Lunatic asylums Punjab 1881-1894 - 1881-1894
Year: 1881
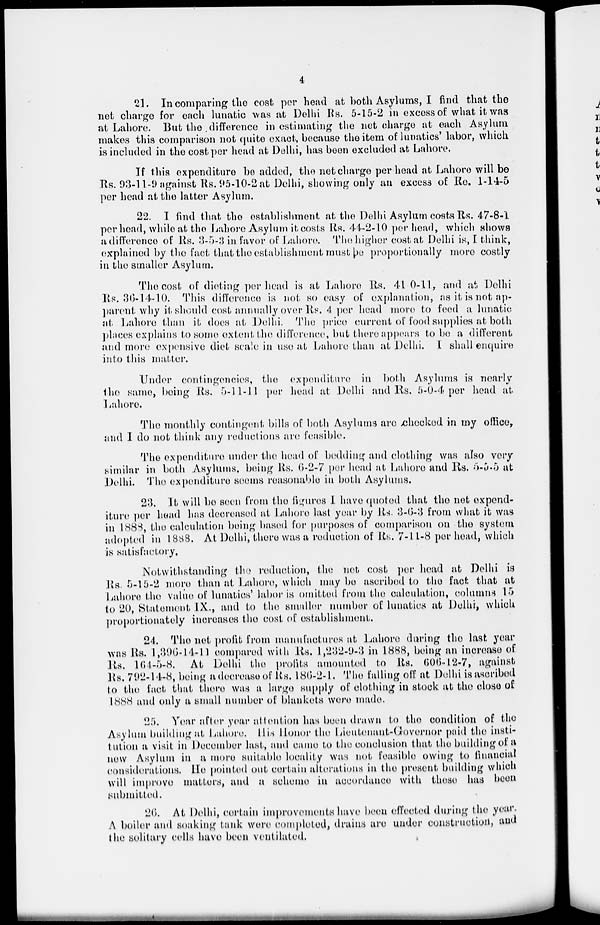
4
21. In comparing the cost per head at both Asylums, I find that the
net charge for each lunatic was at Delhi Rs. 5-15-2 in excess of what it was
at Lahore. But the difference in estimating the net charge at each Asylum
makes this comparison not quite exact, because the item of lunatics' labor, which
is included in the cost per head at Delhi, has been excluded at Lahore.
If this expenditure be added, the net charge per head at Lahore will be
Rs. 93-11-9 against Rs. 95-10-2 at Delhi, showing only an excess of Re. 1-14-5
per head at the latter Asylum.
22. I find that the establishment at the Delhi Asylum costs Rs. 47-8-1
per head, while at the Lahore Asylum it costs Rs. 44-2-10 per head, which shows
a difference of Rs. 3-5-3 in favor of Lahore. The higher cost at Delhi is, I think,
explained by the fact that the establishment must be proportionally more costly
in the smaller Asylum.
The cost of dieting per head is at Lahore Rs. 41-0-11, and at Delhi
Rs. 36-14-10. This difference is not so easy of explanation, as it is not ap-
parent why it should cost annually over Rs. 4 per head more to feed a lunatic
at Lahore than it does at Delhi. The price current of food supplies at both
places explains to some extent the difference, but there appears to be a different
and more expensive diet scale in use at Lahore than at Delhi. I shall enquire
into this matter.
Under contingencies, the expenditure in both Asylums is nearly
the same, being Rs. 5-11-11 per head at Delhi and Rs. 5-0-4 per head at
Lahore.
The monthly contingent bills of both Asylums are checked in my office,
and I do not think any reductions are feasible.
The expenditure under the head of bedding and clothing was also very
similar in both Asylums, being Rs. 6-2-7 per head at Lahore and Rs. 5-5-5 at
Delhi. The expenditure seems reasonable in both Asylums.
23. It will be seen from the figures I have quoted that the net expend-
iture per head has decreased at Lahore last year by Rs. 3-6-3 from what it was
in 1888, the calculation being based for purposes of comparison on the system
adopted in 1888. At Delhi, there was a reduction of Rs. 7-11-8 per head, which
is satisfactory.
Notwithstanding the reduction, the net cost per head at Delhi is
Rs. 5-15-2 more than at Lahore, which may be ascribed to the fact that at
Lahore the value of lunatics' labor is omitted from the calculation, columns 15
to 20, Statement IX., and to the smaller number of lunatics at Delhi, which
proportionately increases the cost of establishment.
24. The net profit from manufactures at Lahore during the last year
was Rs. 1,396-14-11 compared with Rs. 1,232-9-3 in 1888, being an increase of
Rs. 164-5-8. At Delhi the profits amounted to Rs. 606-12-7, against
Rs. 792-14-8, being a decrease of Rs. 186-2-1. The falling off at Delhi is ascribed
to the fact that there was a large supply of clothing in stock at the close of
1888 and only a small number of blankets were made.
25. Year after year attention has been drawn to the condition of the
Asylum building at Lahore. His Honor the Lieutenant-Governor paid the insti-
tution a visit in December last, and came to the conclusion that the building of a
new Asylum in a more suitable locality was not feasible owing to financial
considerations. He pointed out certain alterations in the present building which
will improve matters, and a scheme in accordance with these has been
submitted.
26. At Delhi, certain improvements have been effected during the year.
A boiler and soaking tank were completed, drains are under construction, and
the solitary cells have been ventilated.